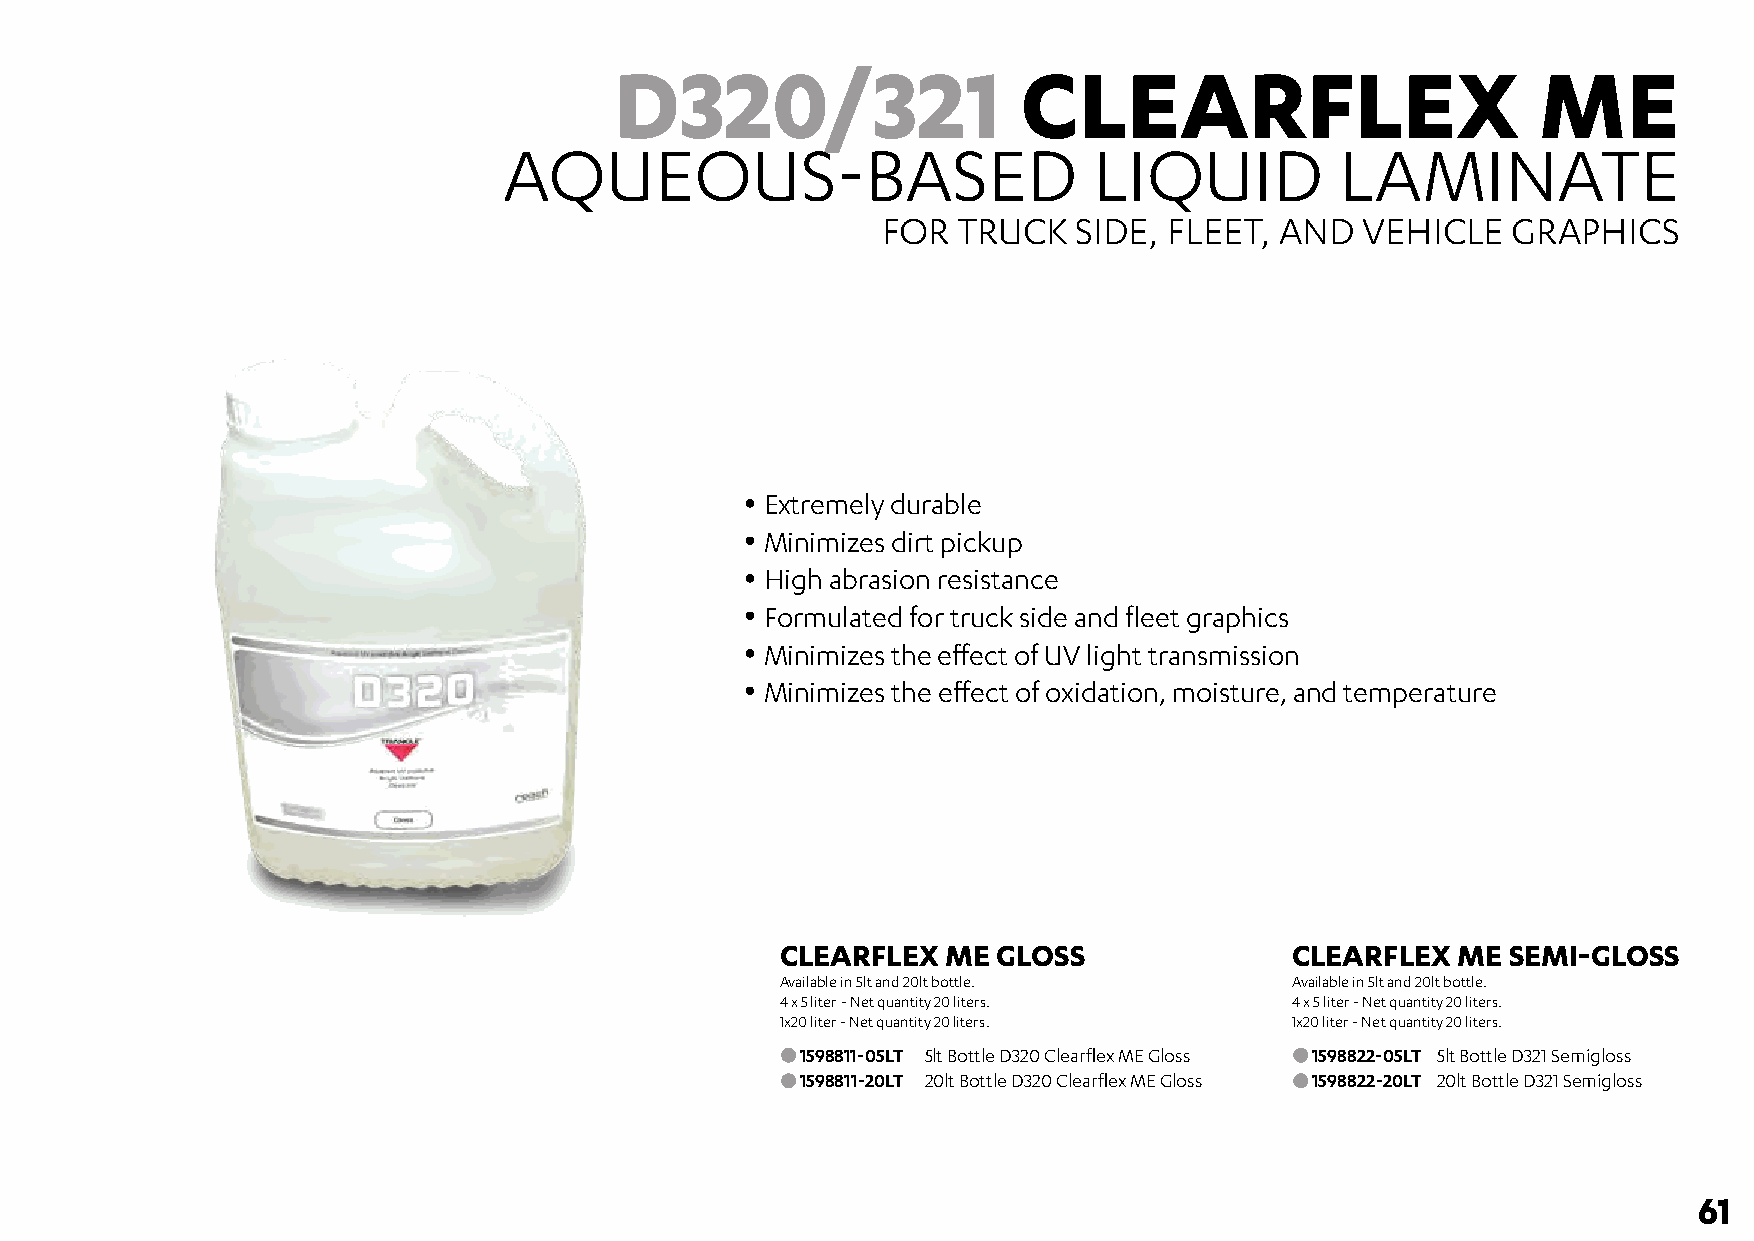
D320/321                   CLEARFLEX                         ME
 AQUEOUS-BASED                          LIQUID           LAMINATE
 FOR  TRUCK   SIDE, FLEET,  AND  VEHICLE   GRAPHICS
 • Extremely durable
 • Minimizes dirt pickup
 • High abrasion resistance
 • Formulated for truck side and fleet graphics
 • Minimizes the effect of UV light transmission
 • Minimizes the effect of oxidation, moisture, and temperature
 CLEARFLEX  ME GLOSS               CLEARFLEX ME  SEMI-GLOSS
 Available in 5lt and 20lt bottle. Available in 5lt and 20lt bottle.
 4 x 5 liter - Net quantity 20 liters. 4 x 5 liter - Net quantity 20 liters.
 1x20 liter - Net quantity 20 liters. 1x20 liter - Net quantity 20 liters.
 1598811-05LT 5lt Bottle D320 Clearflex ME Gloss 1598822-05LT 5lt Bottle D321 Semigloss
 1598811-20LT 20lt Bottle D320 Clearflex ME Gloss 1598822-20LT 20lt Bottle D321 Semigloss
 61